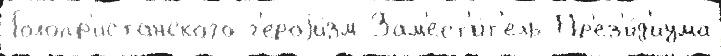
Голопр'истанского г'ероjи́зм Зам'ест'и́т'ель Пр'ез'и́д'иума